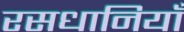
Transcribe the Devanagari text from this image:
रसधानियाँ